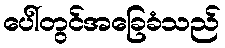
ပေါ်တွင်အခြေခံသည်